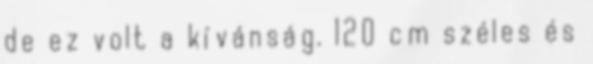
de ez volt a kívánság. 120 cm széles és